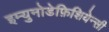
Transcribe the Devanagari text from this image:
इम्युनोडेफ़िशियेन्सी